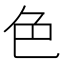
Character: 色